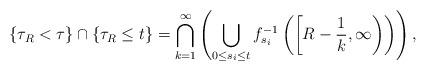
LaTeX: \begin{align*} \left\{ \tau_R < \tau\right\} \cap \left\{ \tau_R \le t \right\} = \bigcap_{k=1}^\infty \left( \bigcup_{0 \le s_i \le t} f_{s_i}^{-1}\left( \left[R-\frac{1}{k},\infty\right) \right) \right),\end{align*}